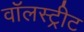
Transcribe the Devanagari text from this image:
वॉलस्ट्रीट